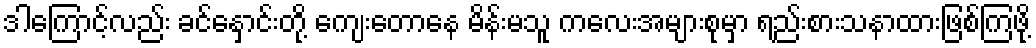
ဒါကြောင့်လည်း ခင်နှောင်းတို့ ကျေးတောနေ မိန်းမသူ ကလေးအများစုမှာ ရည်းစားသနာထားဖြစ်ကြဖို့